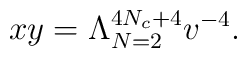
xy=\Lambda^{4N_c+4}_{N=2}v^{-4}.